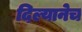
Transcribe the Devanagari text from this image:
दिल्यानेच